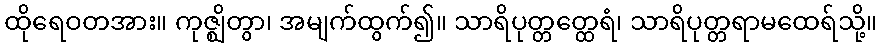
ထိုရေဝတအား။ ကုဇ္ဈိတွာ၊ အမျက်ထွက်၍။ သာရိပုတ္တတ္ထေရံ၊ သာရိပုတ္တရာမထေရ်သို့။